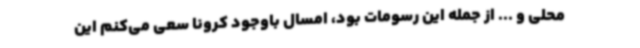
محلی و ... از جمله این رسومات بود، امسال باوجود کرونا سعی می‌کنم این